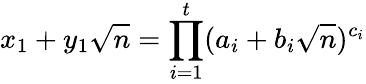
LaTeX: x_{1}+y_{1}{\sqrt{n}}=\prod_{i=1}^{t}(a_{i}+b_{i}{\sqrt{n}})^{c_{i}}